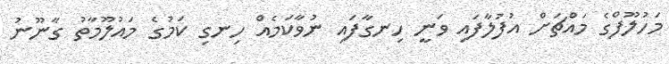
މަހުލޫފްގެ މައްޗަށް އުފުލާފައި ވަނީ ހިނގާފައި ނުވާކަމެއް ހިނގި ކަމުގެ މައުލޫމާތު ގާނޫނު